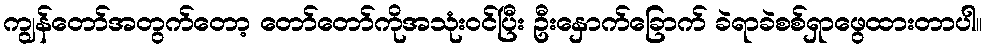
ကျွန်တော်အတွက်တော့ တော်တော်ကိုအသုံးဝင်ပြီး ဦးနှောက်ခြောက် ခဲရာခဲစစ်ရှာဖွေထားတာပါ။